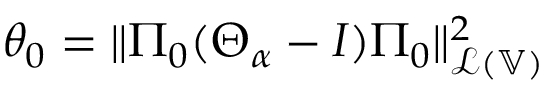
\theta _ { 0 } = \| \Pi _ { 0 } ( \Theta _ { \alpha } - I ) \Pi _ { 0 } \| _ { \mathcal { L } ( \mathbb { V } ) } ^ { 2 }